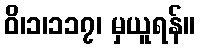
ဝိ၊၁၊၁၁၇၊ မှယူရန်။